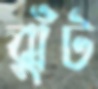
ঝুঁট